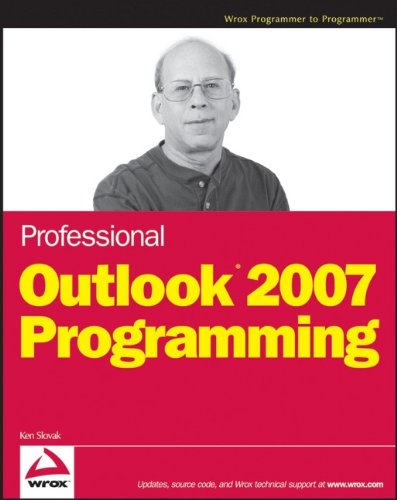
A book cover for Professional Outlook 2007 Programming; Ken Slovak; Computers & Technology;